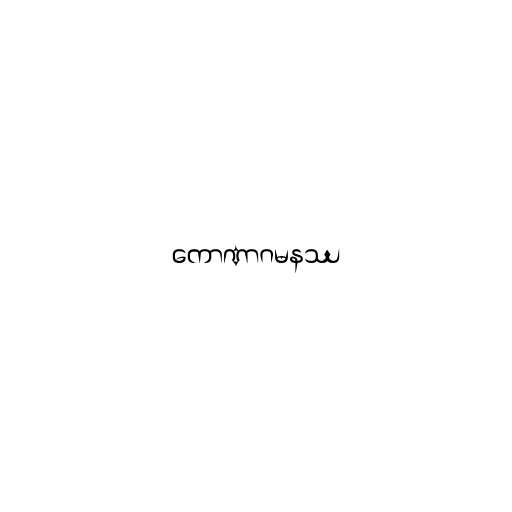
ကောဏာဂမနဿ